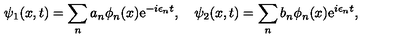
\psi _ { 1 } ( x , t ) = \sum _ { n } a _ { n } \phi _ { n } ( x ) \mathrm { e } ^ { - i \epsilon _ { n } t } , \quad \psi _ { 2 } ( x , t ) = \sum _ { n } b _ { n } \phi _ { n } ( x ) \mathrm { e } ^ { i \epsilon _ { n } t } ,